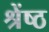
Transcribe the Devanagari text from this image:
श्रेंष्ठ